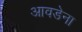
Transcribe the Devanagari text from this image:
आवडेना